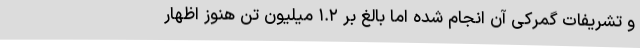
و تشریفات گمرکی آن انجام شده اما بالغ بر ۱.۲ میلیون تن هنوز اظهار